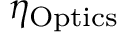
\eta _ { \mathrm { O p t i c s } }